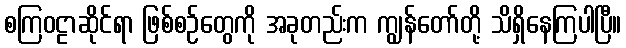
စကြဝဠာဆိုင်ရာ ဖြစ်စဉ်တွေကို အခုတည်းက ကျွန်တော်တို့ သိရှိနေကြပါပြီ။